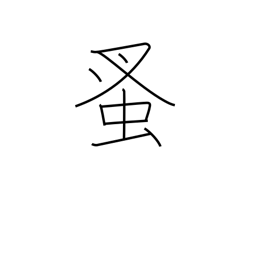
Meaning: flea